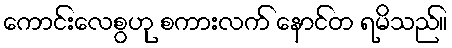
ကောင်းလေစွဟု စကားလက် နောင်တ ရမိသည်။